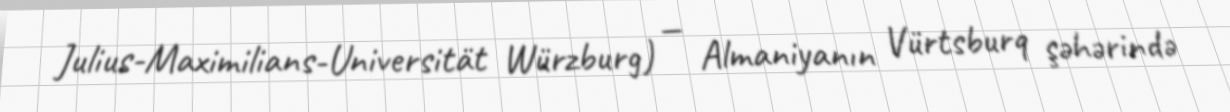
Julius-Maximilians-Universität Würzburg) — Almaniyanın Vürtsburq şəhərində